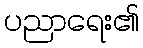
ပညာရေး၏